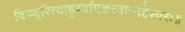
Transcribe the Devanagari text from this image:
विष्णुरित्याहुर्व्यापकत्वान्महेश्वरः॥